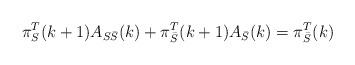
LaTeX: \begin{align*} \pi_{S}^T(k+1)A_{S\bar{S}}(k)+\pi_{\bar{S}}^T(k+1)A_{\bar{S}}(k)=\pi_{\bar{S}}^T(k)\end{align*}